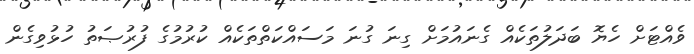
ވެއްޓަށް ހެޔޮ ބަދަލުތަކެއް ގެނައުމަށް ގިނަ ގުނަ މަސައްކަތްތަކެއް ކުރުމުގެ ފުރުޞަތު ހުޅުވިގެން